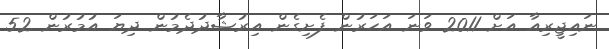
ނައިޖީރިއާ އަށް 2011 ވަނަ އަހަރުން ފެށިގެން އިރުޝާދުދެމުން ދިޔަ އުމުރުން 52